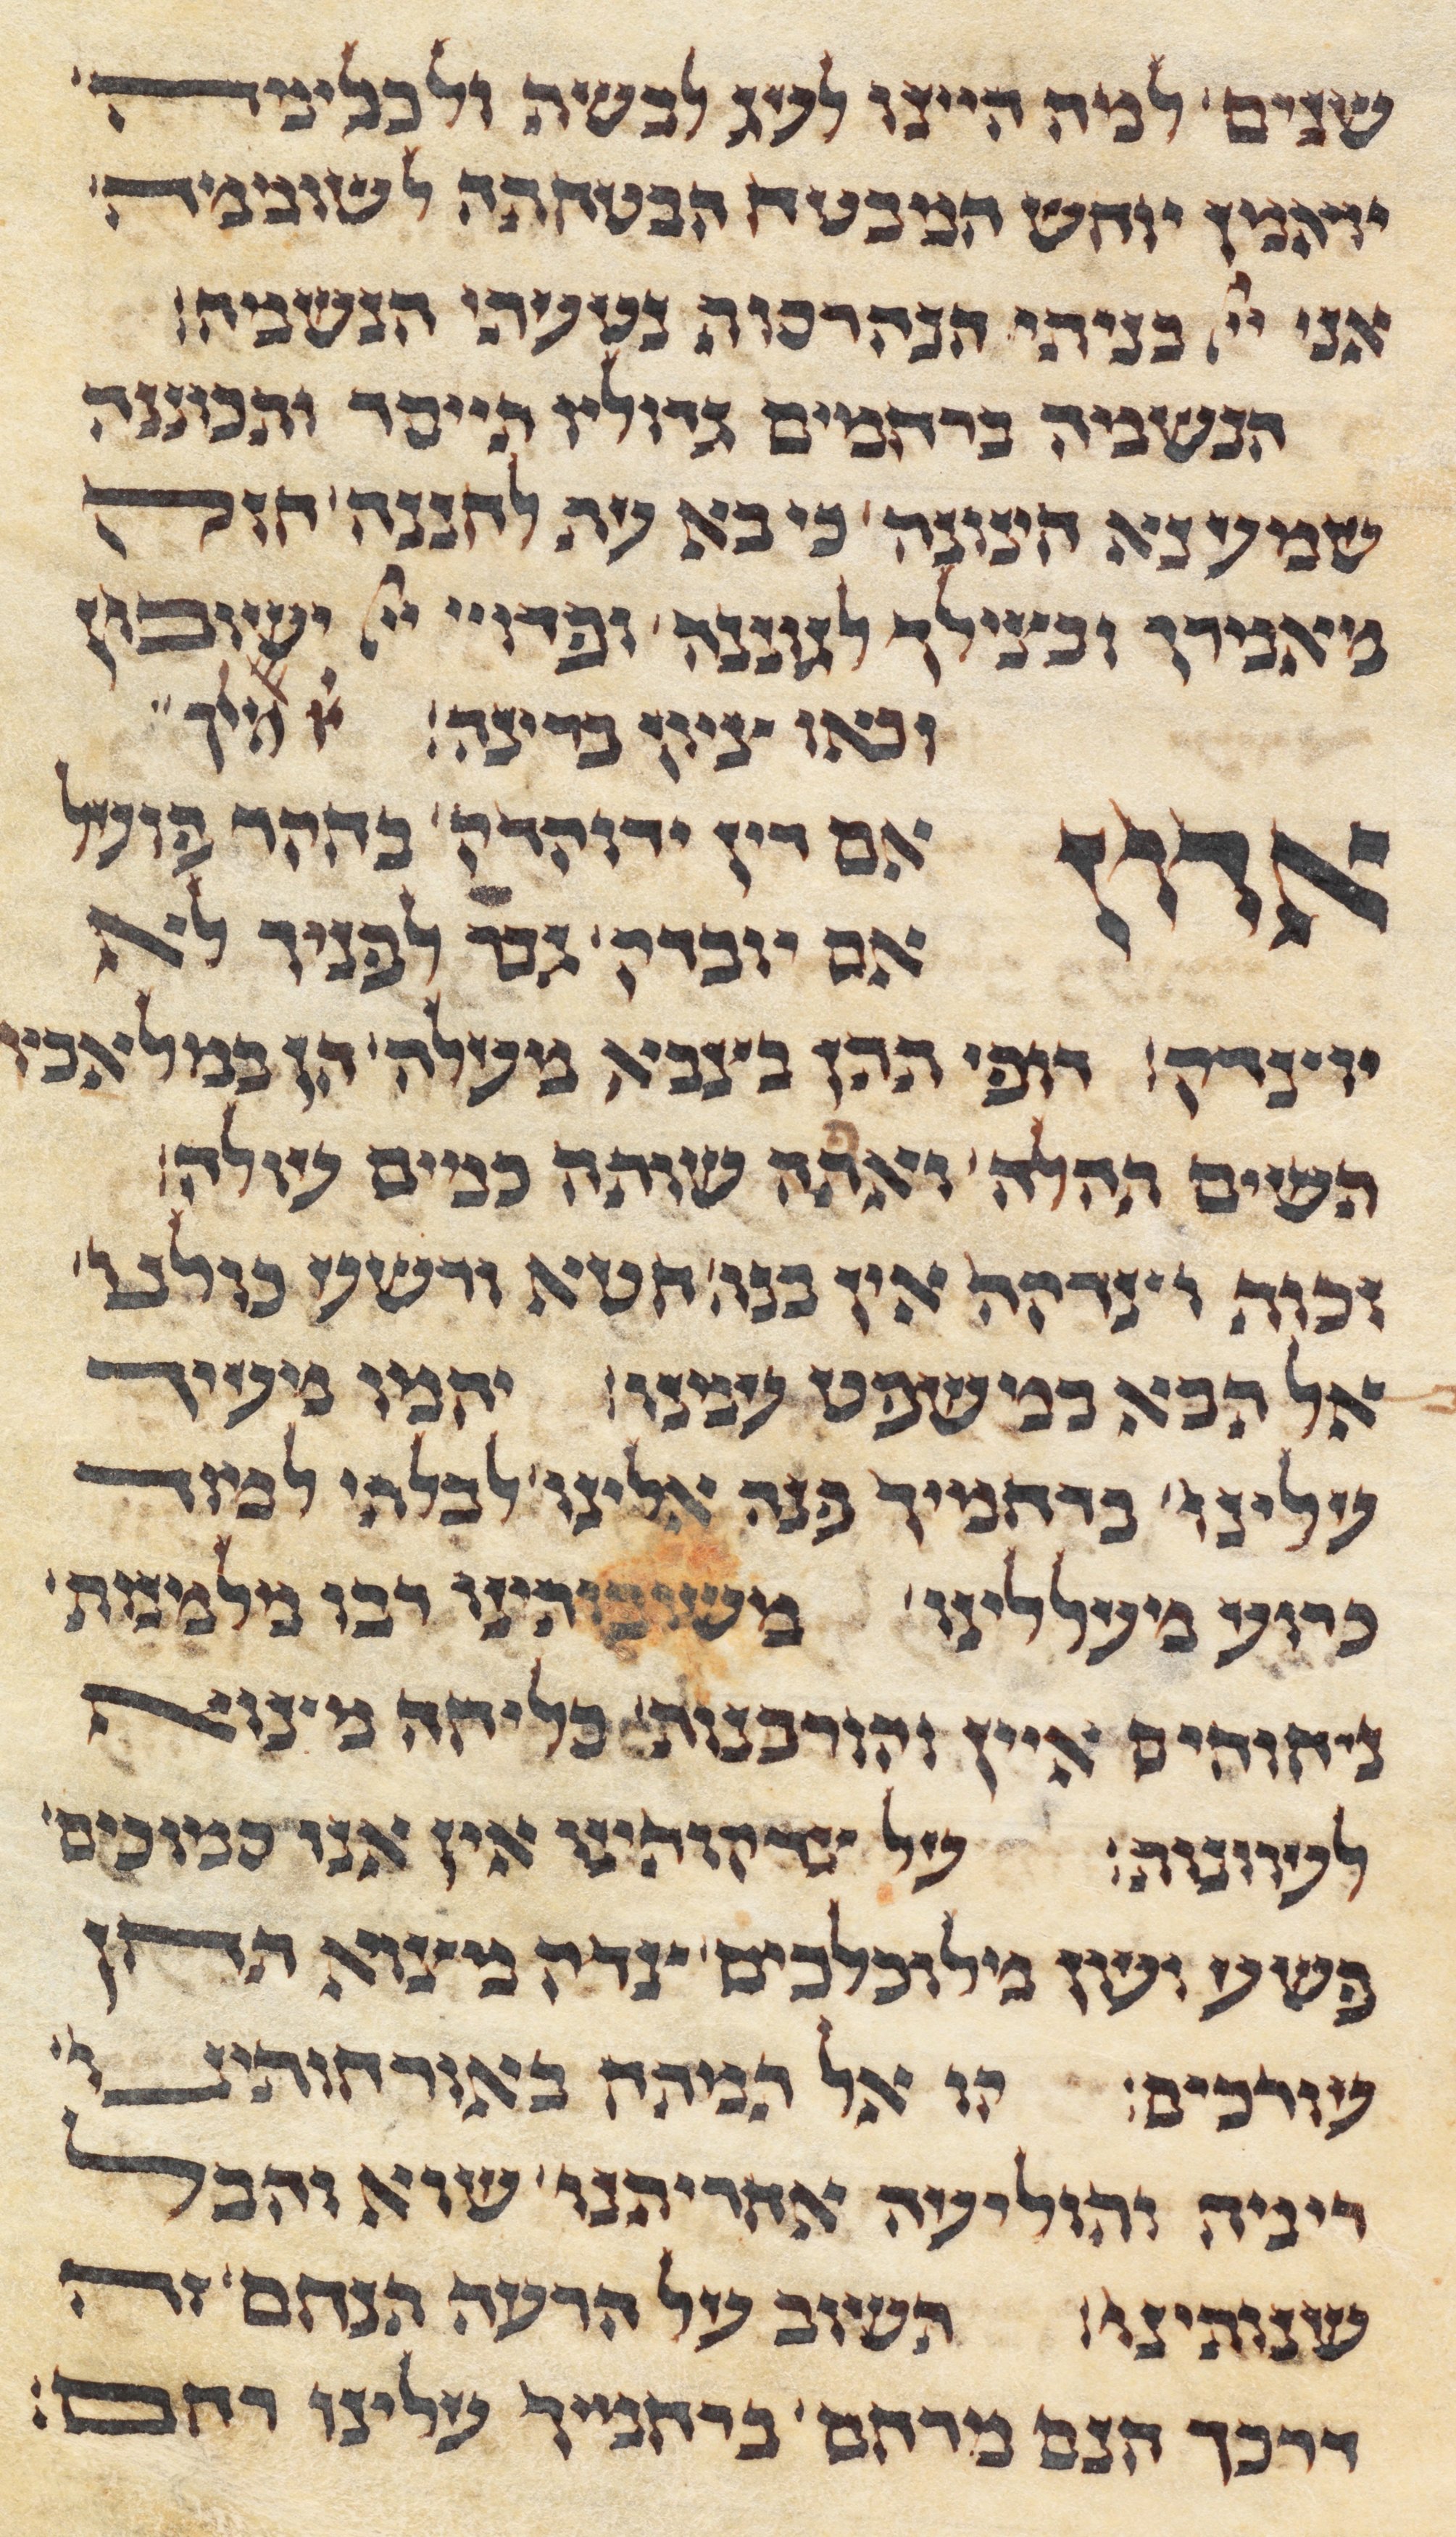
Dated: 1285–1315